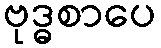
ဗုဒ္ဓစာပေ